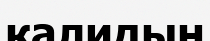
қалидың